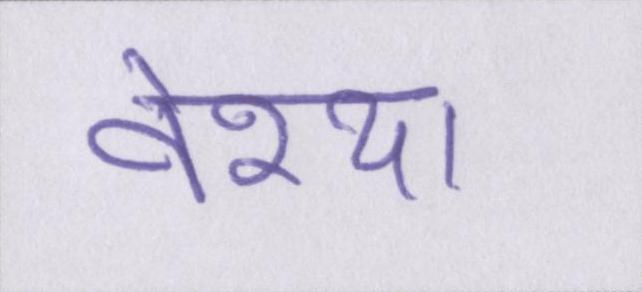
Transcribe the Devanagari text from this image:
वेश्या